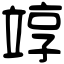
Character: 䇏